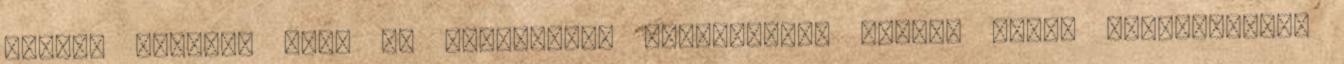
magát. Tudjuk, hogy az anyagcsere fokozásához csodás lenne rendszeresen